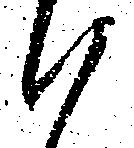
候